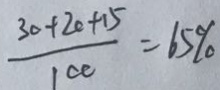
\frac { 3 0 + 2 0 + 1 5 } { 1 0 0 } = 6 5 \%